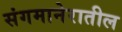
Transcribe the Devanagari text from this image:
संगमानेरातील